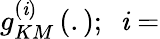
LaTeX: g_{KM}^{\left(\mathit{i}\right)}\left(.\right);\ \ \mathit{i}=